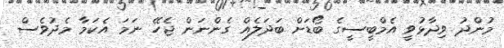
މުންދު ވިދާޅުވީ އެމްބީސީގެ ބޯޑަށް ބަދަލެއް ގެންނަން ޖެހޭ ނަމަ އެކަމާ މެދުވެސް